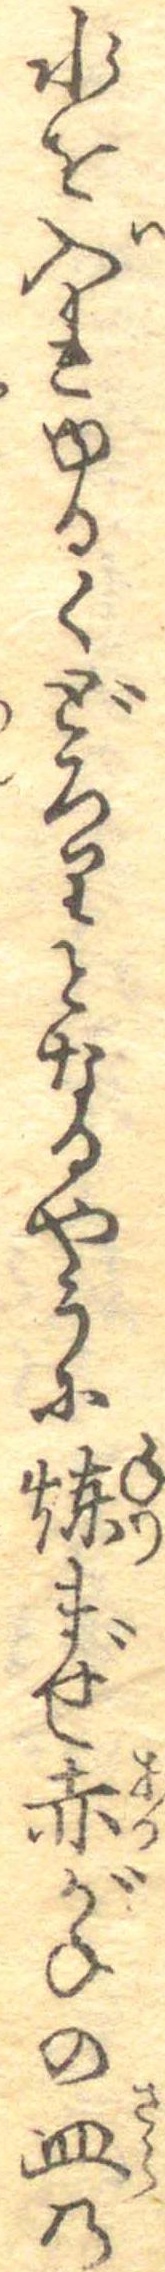
水を入れゆるくどろりとなるやうに煉まぜ赤がねの皿の